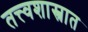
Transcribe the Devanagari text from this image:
तत्त्वशास्त्रात